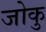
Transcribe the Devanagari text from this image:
जोकु